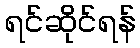
ရင်ဆိုင်ရန်